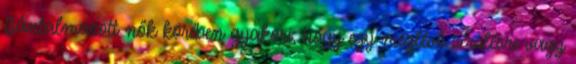
Bántalmazott nők körében gyakori, hogy egy meglévő sérülésre vagy